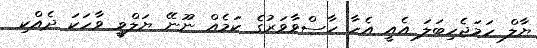
ޔާލް ހަމަޖެހިބަލަ އެއީ އެހާ ހާސްވާވަރުގެ ކަމެއް ނޫނޭ ޔަލްވީ ވާހަކަ ދެއްކި